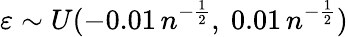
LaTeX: \varepsilon\sim U(-0.01\, n^{-\frac{1}{2}},\ 0.01\, n^{-\frac{1}{2}})